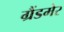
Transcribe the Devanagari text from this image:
ग्रैंडमेर